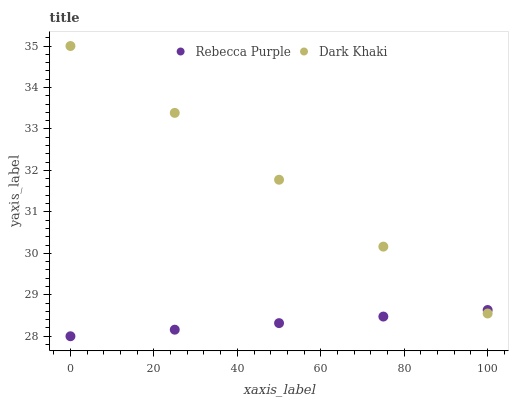
| xaxis_label | Rebecca Purple | Dark Khaki |
 | --- | --- | --- |
 | 0 | 28 | 35 |
 | 25 | 28.2 | 33.4 |
 | 50 | 28.3 | 31.8 |
 | 75 | 28.5 | 30.2 |
 | 100 | 28.6 | 28.5 |